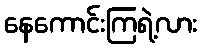
နေကောင်းကြရဲ့လား